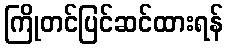
ကြိုတင်ပြင်ဆင်ထားရန်